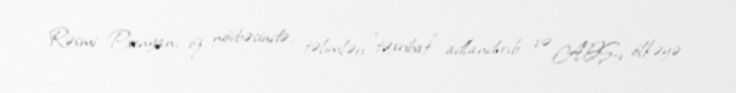
Rəsmi Pxenyan, öz növbəsində, təlimləri "təxribat" adlandırıb və ABŞ-ı ölkəyə